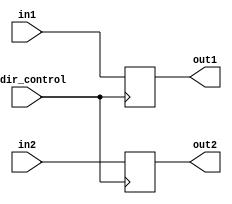
module bidirectional_buffer (
  input wire bidir_control,
  input wire in1,
  input wire in2,
  output reg out1,
  output reg out2
);

always @ (posedge bidir_control) begin
  if (bidir_control) begin
    out1 <= in1;
    out2 <= in2;
  end else begin
    out1 <= in2;
    out2 <= in1;
  end
end

endmodule